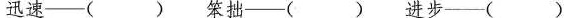
迅速——( ) 笨拙——( ) 进步——( )